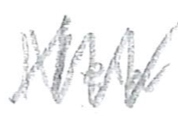
Text: New
Cross-out: zig-zag
Writing tool: pencil